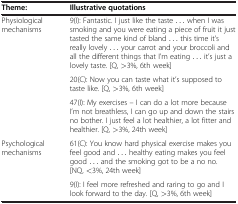
| Theme: | Illustrative quotations |
 | --- | --- |
 | Physiological mechanisms | 9(I): Fantastic. I just like the taste ... when I was smoking and you were eating a piece of fruit it just tasted the same kind of bland ... this time it’s really lovely ... your carrot and your broccoli and all the different things that I’m eating ... it’s just a lovely taste. [Q, >3%, 6th week] |
 |  | 20(C): Now you can taste what it’s supposed to taste like. [Q, >3%, 6th week] |
 |  | 47(I): My exercises – I can do a lot more because I’m not breathless, I can go up and down the stairs no bother. I just feel a lot healthier, a lot fitter and healthier. [Q, >3%, 24th week] |
 | Psychological mechanisms | 61(C): You know hard physical exercise makes you feel good and ... healthy eating makes you feel good ... and the smoking got to be a no no. [NQ, <3%, 24th week] |
 |  | 9(I): I feel more refreshed and raring to go and I look forward to the day. [Q, >3%, 6th week] |